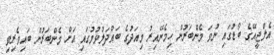
އެލްޖީއޭގެ ބޯޑުގައި ނުވަ މެންބަރުން ހިމެނޭއިރު މިއަދުގެ ބައްދަލުވުމުގައި އަށް މެންބަރުން ބައިވެރިވި